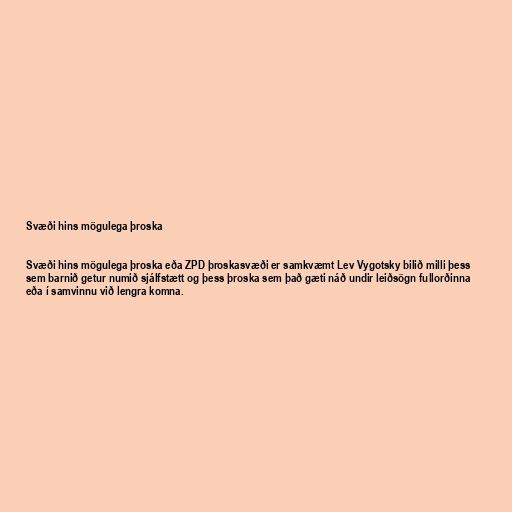
Svæði hins mögulega þroska

Svæði hins mögulega þroska eða ZPD þroskasvæði er samkvæmt Lev Vygotsky bilið milli þess
sem barnið getur numið sjálfstætt og þess þroska sem það gæti náð undir leiðsögn fullorðinna
eða í samvinnu við lengra komna.